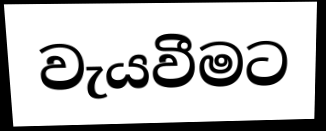
වැයවීමට